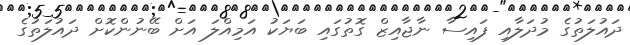
ދައުލަތުގެ މުދަލާއި ފައިސާ ނާޖާއިޒް ގޮތުގައި ބަޔަކު އަމިއްލަ އަށް ބޭނުންކޮށް ދައުލަތުގެ